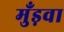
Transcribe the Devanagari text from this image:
मुँड़वा